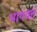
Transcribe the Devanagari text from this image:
भागवतं